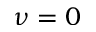
\nu = 0